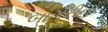
બાગરીના